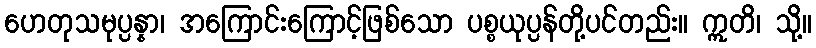
ဟေတုသမုပ္ပန္နာ၊ အကြောင်းကြောင့်ဖြစ်သော ပစ္စယုပ္ပန်တို့ပင်တည်း။ ဣတိ၊ သို့။